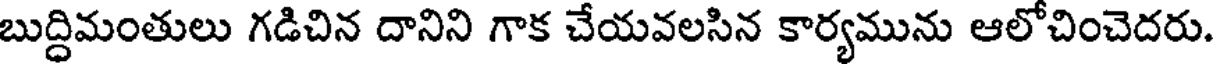
బుద్ధిమంతులు గడిచిన దానిని గాక చేయవలసిన కార్యమును ఆలోచించెదరు.